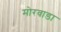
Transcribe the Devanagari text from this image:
मोरवाडा